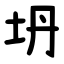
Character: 坍